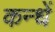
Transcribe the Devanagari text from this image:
कन्धें